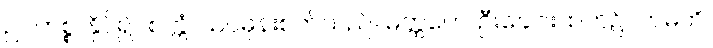
ဥပဟစ္စ၊ နှိပ်၍။ စက္ကံ၊ သင်ဓုန်းစက်သည်။ မတ္ထကေ၊ ဦးခေါင်းထက်၌။ ဘမတိ၊